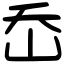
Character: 岙